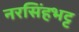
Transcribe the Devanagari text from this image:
नरसिंहभट्ट